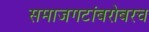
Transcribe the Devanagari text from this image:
समाजगटांबरोबरच